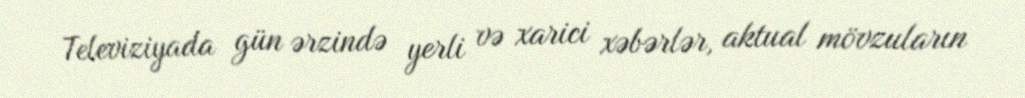
Televiziyada gün ərzində yerli və xarici xəbərlər, aktual mövzuların